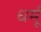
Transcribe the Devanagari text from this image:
धर्मू